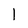
Character: l